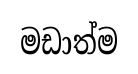
මඩාත්ම